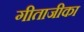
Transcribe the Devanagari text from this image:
गीताजीका